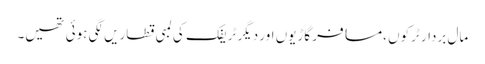
مال بردار ٹرکوں ،مسافر گاڑیوں اور دیگر ٹریفک کی لمبی قطاریں لگی ہوئی تھیں۔